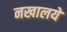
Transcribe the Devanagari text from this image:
नखालये